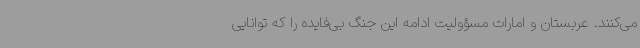
می‌کنند. عربستان و امارات مسؤولیت ادامه این جنگ بی‌فایده را که توانایی